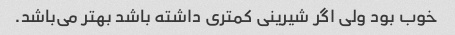
خوب بود ولی اگر شیرینی کمتری داشته باشد بهتر می‌باشد.